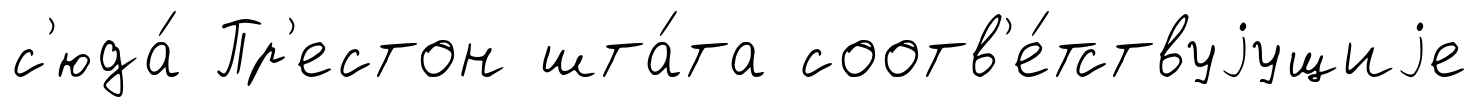
с'юда́ Пр'естон шта́та соотв'е́тствуjущиjе